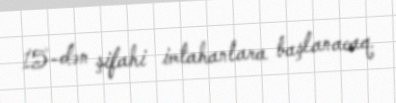
15-dən şifahi imtahanlara başlanacaq.